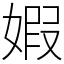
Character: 婽